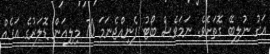
އަގު ނުލިބޭ ގޮތަށެވެ. ނަމަވެސް ބޯޓު ފެނިއްޖެނަމަ 70 މިލިއަން ޑޮލަރުގެ އަގެއް